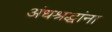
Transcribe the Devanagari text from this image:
अंधश्रद्धांना